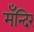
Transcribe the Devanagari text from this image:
मँन्दिर